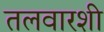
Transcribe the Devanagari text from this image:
तलवारशी